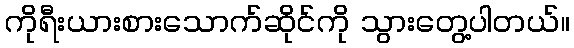
ကိုရီးယားစားသောက်ဆိုင်ကို သွားတွေ့ပါတယ်။